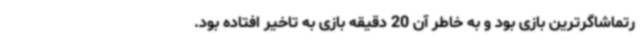
رتماشاگرترین بازی بود و به خاطر آن 20 دقیقه بازی به تاخیر افتاده بود.